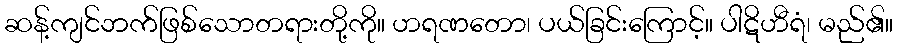
ဆန့်ကျင်ဘက်ဖြစ်သောတရားတို့ကို။ ဟရဏတော၊ ပယ်ခြင်းကြောင့်။ ပါဋိဟီရံ၊ မည်၏။